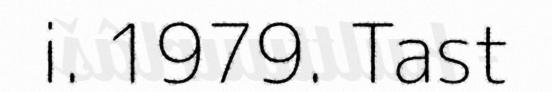
i. 1979. Tast